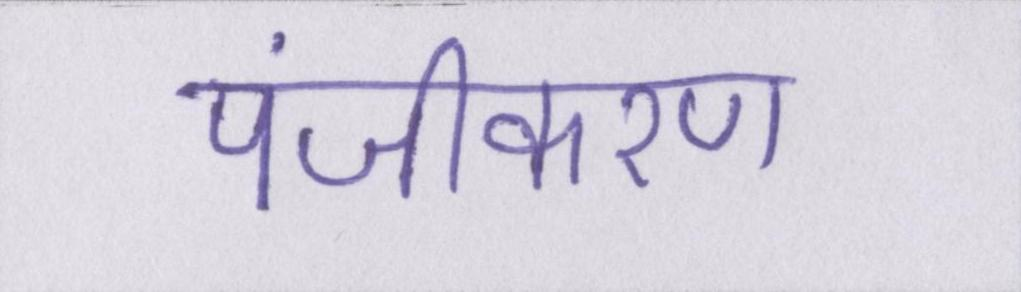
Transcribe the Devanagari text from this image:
पंजीकरण